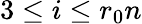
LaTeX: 3\le i\le r_{0}n